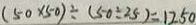
( 5 0 \times 5 0 ) \div ( 5 0 \div 2 5 ) = 1 2 5 0